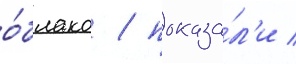
о́блако / показа́л'и /